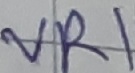
Text: VR1